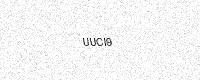
Text: UUCI9